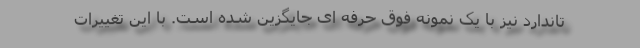
تاندارد نیز با یک نمونه فوق حرفه ای جایگزین شده است. با این تغییرات